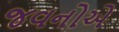
જવનોએ